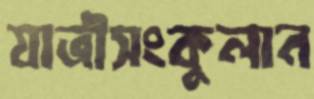
যাত্রীসংকুলান